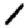
Digit: 1